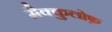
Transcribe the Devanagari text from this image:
मैक्कुलोफ़